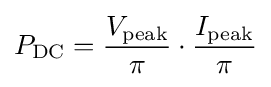
P_{\mathrm {DC} }={V_{\mathrm {peak} } \over \pi }\cdot {I_{\mathrm {peak} } \over \pi }